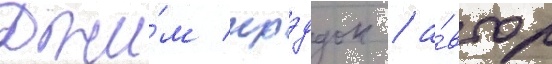
Джи́м крэддок / а́втор